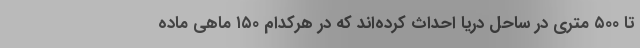
تا ۵۰۰ متری در ساحل دریا احداث کرده‌اند که در هرکدام ۱۵۰ ماهی ماده